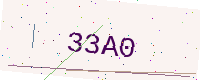
Text: 33A0